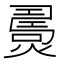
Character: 𤎧